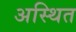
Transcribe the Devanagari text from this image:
अस्थित